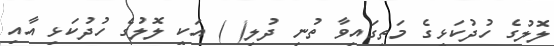
ލޮލުގެ ހުދުކަޅީގެ މަތީގައިވާ ތުނި ދުލި( ) އަކީ ލޮލުގެ ހުދުކަޅި އާއި